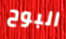
البوح